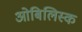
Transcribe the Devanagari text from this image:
ओबिलिस्क